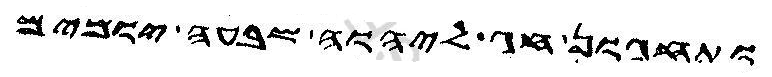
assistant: ותחגון חג ליהוה שבעה יומים